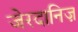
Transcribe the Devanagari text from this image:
जेरदानिज़